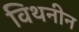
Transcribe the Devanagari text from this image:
विथनीन